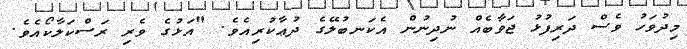
މިދުވަހު ވެސް ދަރިފުޅު ޖަވާބެއް ނުދިނުން އެކަނބުލޭގެ ދުޢާކުރިއެވެ. "އަޅުގެ ވެރި ރަސްކަލާކޯއެވެ.